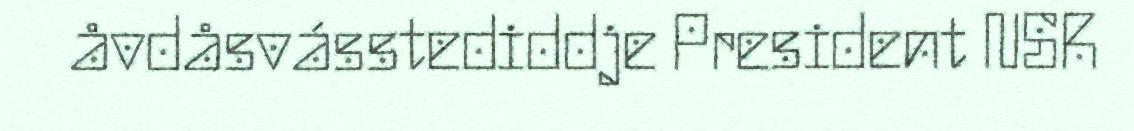
åvdåsvásstediddje President NSR